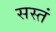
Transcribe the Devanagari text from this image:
सस्तं